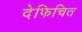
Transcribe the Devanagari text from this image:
देफिचित